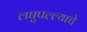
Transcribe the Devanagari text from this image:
लघुपल्ल्याचे